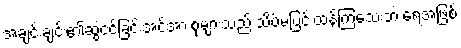
အချင်းချင်း၏ဆွဲငင်ခြင်းအင်အားစုများသည် သိပ်မပြင်းထန်ကြသေးဘဲ ရေအဖြစ်